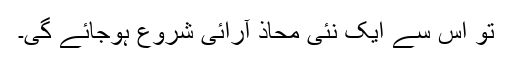
تو اس سے ایک نئی محاذ آرائی شروع ہوجائے گی۔